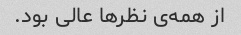
از همه‌ی نظرها عالی بود.